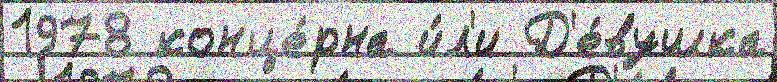
1978 конце́рна и́л'и Д'е́вушка